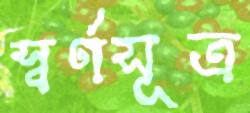
স্বর্ণসূত্র